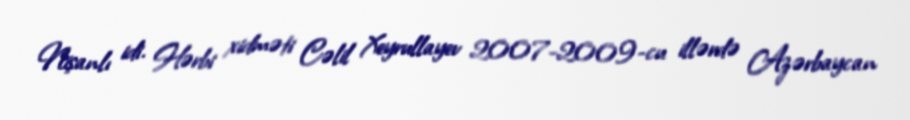
Nişanlı idi. Hərbi xidməti Cəlil Xeyrullayev 2007-2009-cu illərdə Azərbaycan